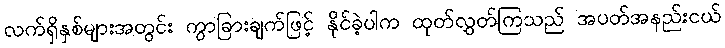
လက်ရှိနှစ်များအတွင်း ကွာခြားချက်ဖြင့် နိုင်ခဲ့ပါက ထုတ်လွှတ်ကြသည် အပတ်အနည်းငယ်